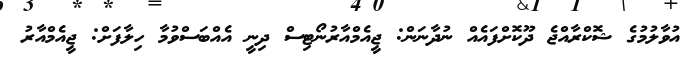
އުވާލުމުގެ ޝޮކްރާއްޖެ ދޫކޮށްފައެއް ނުދާނަން: ޖީއެމްއާރުނޯޓިސް ދިނީ އެއްބަސްވުމާ ހިލާފަށް: ޖީއެމްއާރު